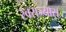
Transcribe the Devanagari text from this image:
स्वराज्यास